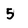
Character: 5